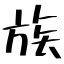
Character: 族